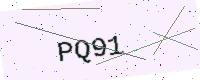
Text: PQ91